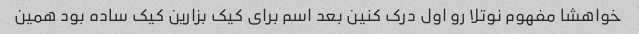
خواهشا مفهوم نوتلا رو اول درک کنین بعد اسم برای کیک بزارین کیک ساده بود همین